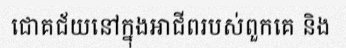
ជោគជ័យនៅក្នុងអាជីពរបស់ពួកគេ និង